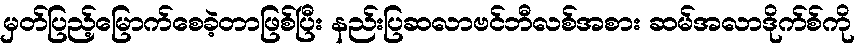
မှတ်ပြည့်မြောက်စေခဲ့တာဖြစ်ပြီး နည်းပြဆလာဗင်ဘီလစ်အစား ဆမ်အလာဒိုက်စ်ကို